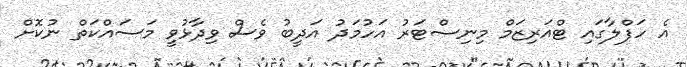
އެ ހަފްލާގައި ޓްއަރިޒަމް މިނިސްޓަރު އަހުމަދު އަދީބު ވެސް ވިދާޅުވީ މަސައްކަތް ނުކޮށް